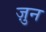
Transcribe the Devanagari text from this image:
ज़ुन